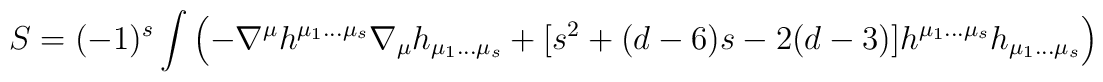
S=(-1)^s\int \left(-\nabla^{\mu}h^{\mu_1\ldots\mu_s}\nabla_{\mu}h_{\mu_1\ldots\mu_s}+[s^2+(d-6)s-2(d-3)]h^{\mu_1\ldots\mu_s}h_{\mu_1\ldots\mu_s}\right)